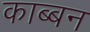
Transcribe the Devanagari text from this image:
काब्बन